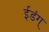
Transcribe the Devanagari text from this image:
ईडंग्